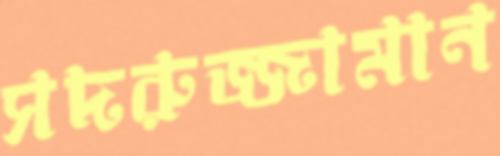
সদরুজ্জামান